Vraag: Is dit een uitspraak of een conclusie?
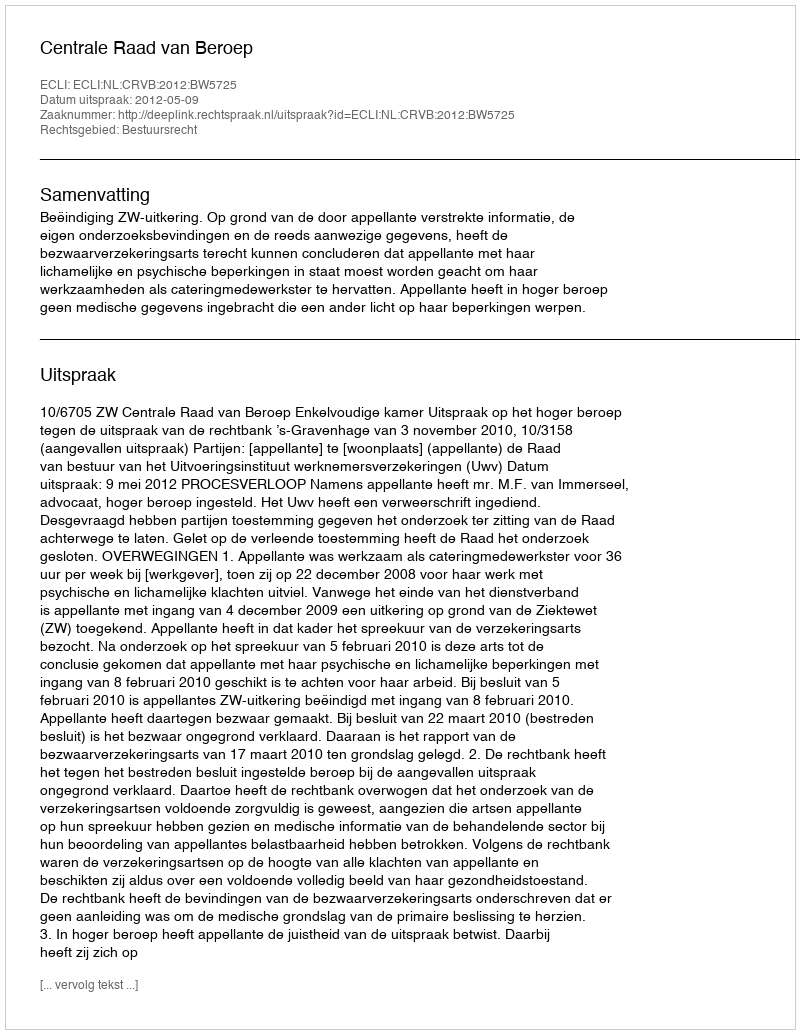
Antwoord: Uitspraak